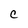
Character: C